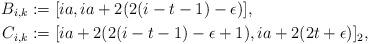
LaTeX: \begin{align*}B_{i,k} & := [ia, ia + 2 (2 (i-t-1) - \epsilon)], \\C_{i,k} & := [ia + 2 (2 (i-t-1) - \epsilon +1), ia + 2 (2t + \epsilon)]_2,\end{align*}